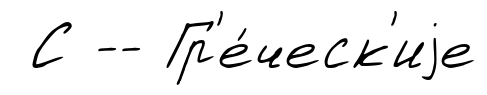
С -- Гр'е́ческ'иjе